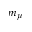
m _ { \mu }